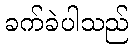
ခက်ခဲပါသည်